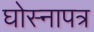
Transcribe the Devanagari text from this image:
घोस्नापत्र